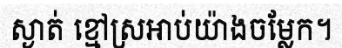
ស្ងាត់ ខ្មៅស្រអាប់យ៉ាងចម្លែក។